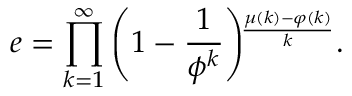
e = \prod _ { k = 1 } ^ { \infty } \left( 1 - { \frac { 1 } { \phi ^ { k } } } \right) \! \! ^ { \frac { \mu ( k ) - \varphi ( k ) } { k } } .